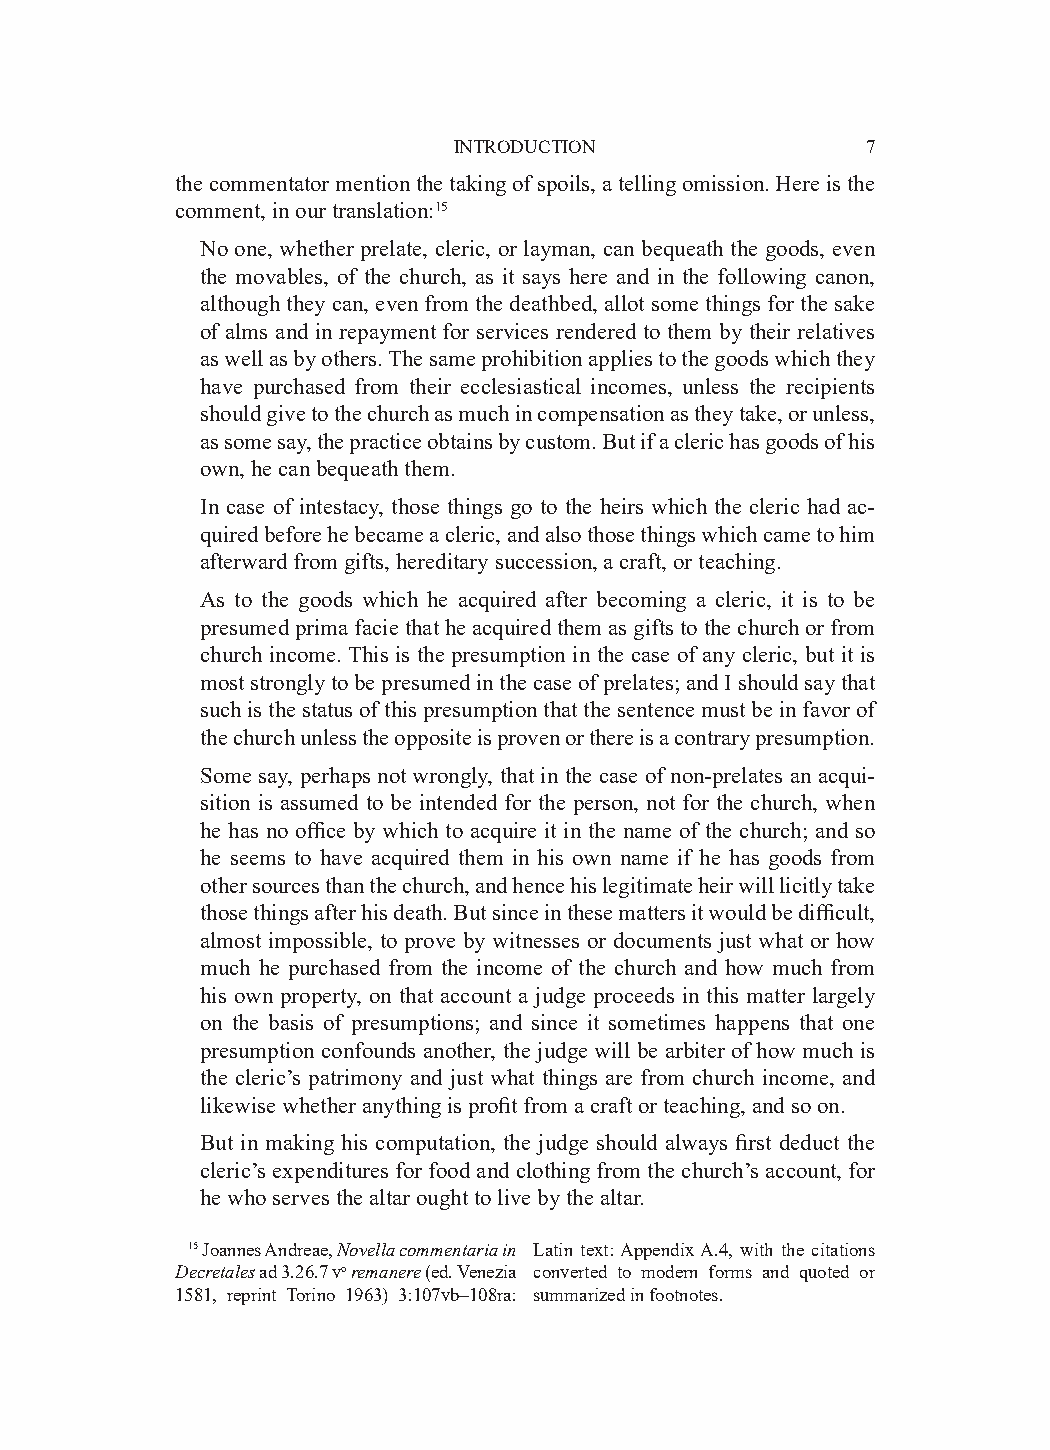
INTRODUCTION               7
 the commentator mention the taking of spoils, a telling omission. Here is the
 comment, in our translation:15
 No one, whether prelate, cleric, or layman, can bequeath the goods, even
 the movables, of the church, as it says here and in the following canon,
 although they can, even from the deathbed, allot some things for the sake
 of alms and in repayment for services rendered to them by their relatives
 as well as by others. The same prohibition applies to the goods which they
 have purchased from their ecclesiastical incomes, unless the recipients
 should give to the church as much in compensation as they take, or unless,
 as some say, the practice obtains by custom. But if a cleric has goods of his
 own, he can bequeath them.
 In case of intestacy, those things go to the heirs which the cleric had ac-
 quired before he became a cleric, and also those things which came to him
 afterward from gifts, hereditary succession, a craft, or teaching.
 As to the goods which he acquired after becoming a cleric, it is to be
 presumed prima facie that he acquired them as gifts to the church or from
 church income. This is the presumption in the case of any cleric, but it is
 most strongly to be presumed in the case of prelates; and I should say that
 such is the status of this presumption that the sentence must be in favor of
 the church unless the opposite is proven or there is a contrary presumption.
 Some say, perhaps not wrongly, that in the case of non-prelates an acqui-
 sition is assumed to be intended for the person, not for the church, when
 he has no office by which to acquire it in the name of the church; and so
 he seems to have acquired them in his own name if he has goods from
 other sources than the church, and hence his legitimate heir will licitly take
 those things after his death. But since in these matters it would be difficult,
 almost impossible, to prove by witnesses or documents just what or how
 much he purchased from the income of the church and how much from
 his own property, on that account a judge proceeds in this matter largely
 on the basis of presumptions; and since it sometimes happens that one
 presumption confounds another, the judge will be arbiter of how much is
 the cleric’s patrimony and just what things are from church income, and
 likewise whether anything is profit from a craft or teaching, and so on.
 But in making his computation, the judge should always first deduct the
 cleric’s expenditures for food and clothing from the church’s account, for
 he who serves the altar ought to live by the altar.
 15 Joannes Andreae, Novella commentaria in Latin text: Appendix A.4, with the citations
 Decretales ad 3.26.7 vo remanere (ed. Venezia converted to modern forms and quoted or
 1581, reprint Torino 1963) 3:107vb–108ra: summarized in footnotes.